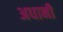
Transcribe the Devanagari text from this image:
अधानी